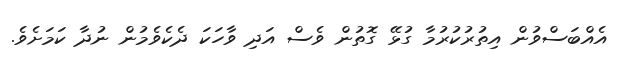
އެއްބަސްވުން އިތުރުކުރުމާ ގުޅޭ ގޮތުން ވެސް އަދި ވާހަކަ ދެކެވެމުން ނުދާ ކަމަށެވެ.